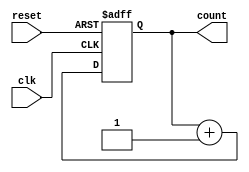
`timescale 10ps/1ps
module Counter(
  input wire clk,    // Clock input
  input wire reset,  // Asynchronous reset input
  output reg [3:0] count  // 4-bit counter output
);

  always @(posedge clk or posedge reset) begin
    if (reset)
      count <= 4'b0000; // Reset the counter to 0
    else
      count <= count + 1; // Increment the counter on each clock edge
  end

endmodule